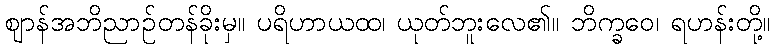
ဈာန်အဘိညာဉ်တန်ခိုးမှ။ ပရိဟာယထ၊ ယုတ်ဘူးလေ၏။ ဘိက္ခဝေ၊ ရဟန်းတို့။